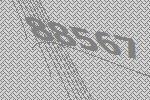
88567